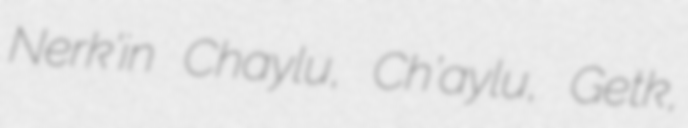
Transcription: Nerk’in Chaylu, Ch’aylu, Getk,